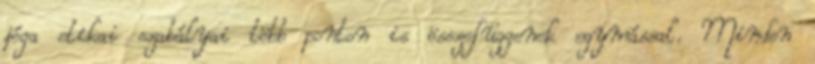
jóga etikai szabályai több ponton is összefüggenek egymással. Minden